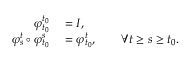
\begin{array} { r l } { \varphi _ { t _ { 0 } } ^ { t _ { 0 } } } & { { } = I , } \\ { \varphi _ { s } ^ { t } \circ \varphi _ { t _ { 0 } } ^ { s } } & { { } = \varphi _ { t _ { 0 } } ^ { t } , \qquad \forall t \geq s \geq t _ { 0 } . } \end{array}